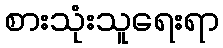
စားသုံးသူရေးရာ